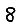
Digit: 8